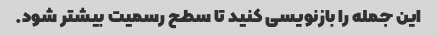
این جمله را بازنویسی کنید تا سطح رسمیت بیشتر شود.